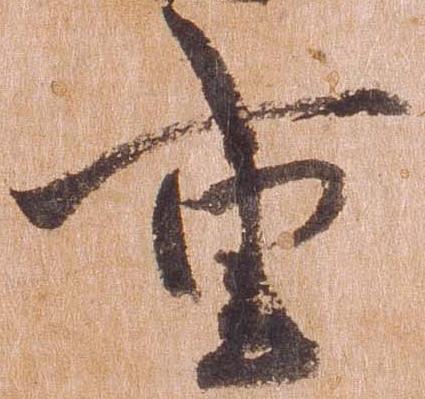
重